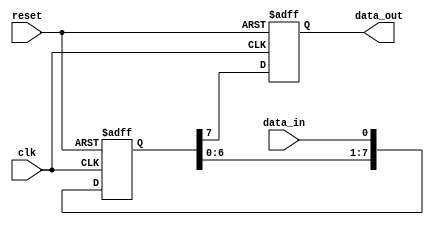
module siso_shift_register (
  input wire clk,
  input wire reset,
  input wire data_in,
  output reg data_out
);

reg [7:0] register;

always @(posedge clk or posedge reset) begin
  if (reset) begin
    register <= 8'b0;
    data_out <= 1'b0;
  end else begin
    register <= {register[6:0], data_in};
    data_out <= register[7];
  end
end

endmodule